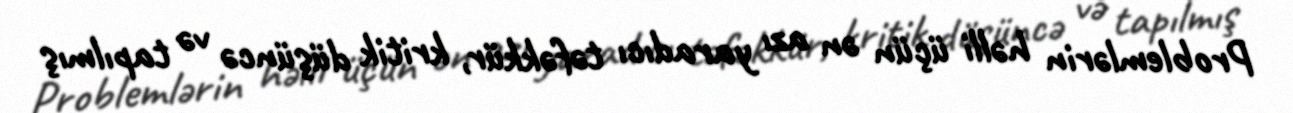
Problemlərin həlli üçün ən azı yaradıcı təfəkkür, kritik düşüncə və tapılmış